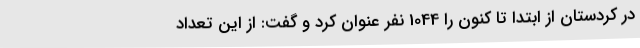
در کردستان از ابتدا تا کنون را 1044 نفر عنوان کرد و گفت: از این تعداد